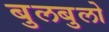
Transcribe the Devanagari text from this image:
बुलबुलो